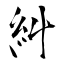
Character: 糾